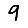
Digit: 9